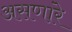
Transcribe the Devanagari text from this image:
असणांरे